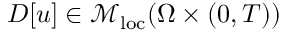
D [ u ] \in \mathcal { M } _ { \mathrm { l o c } } ( \Omega \times ( 0 , T ) )